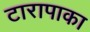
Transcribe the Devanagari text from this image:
टारापाका